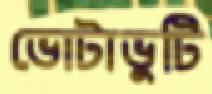
ভোটাভুটি